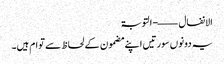
الانفال ——- التوبۃ
یہ دونوں سورتیں اپنے مضمون کے لحاظ سے توام ہیں۔